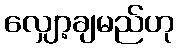
လျှော့ချမည်ဟု